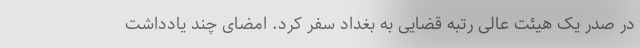
در صدر یک هیئت عالی رتبه قضایی به بغداد سفر کرد. امضای چند یادداشت